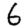
Digit: 6